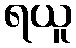
ရယူ